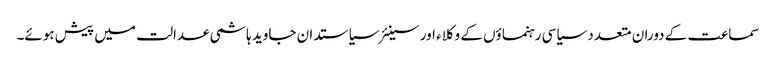
سماعت کے دوران متعدد سیاسی رہنماؤں کے وکلاء اور سینئر سیاستدان جاوید ہاشمی عدالت میں پیش ہوئے۔